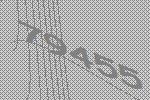
79455